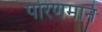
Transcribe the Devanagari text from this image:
परिणमाने